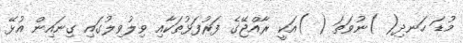
މުޑަ ހަނދި( )ނުވަތަ ( )އަކީ ރާއްޖޭގެ ފަރުފަޅުތަކާއި ވިލުވިލުގައި ގިނައިން އުޅޭ